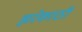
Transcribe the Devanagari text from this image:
झरेकाठी